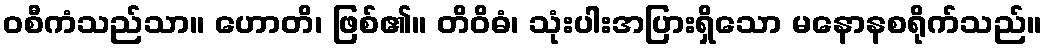
ဝစီကံသည်သာ။ ဟောတိ၊ ဖြစ်၏။ တိဝိဓံ၊ သုံးပါးအပြားရှိသော မနောနစရိုက်သည်။